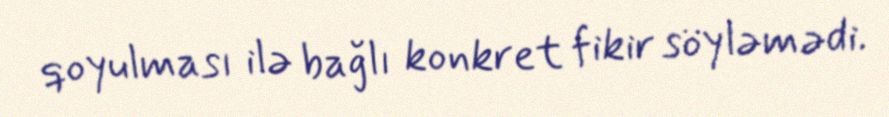
qoyulması ilə bağlı konkret fikir söyləmədi.